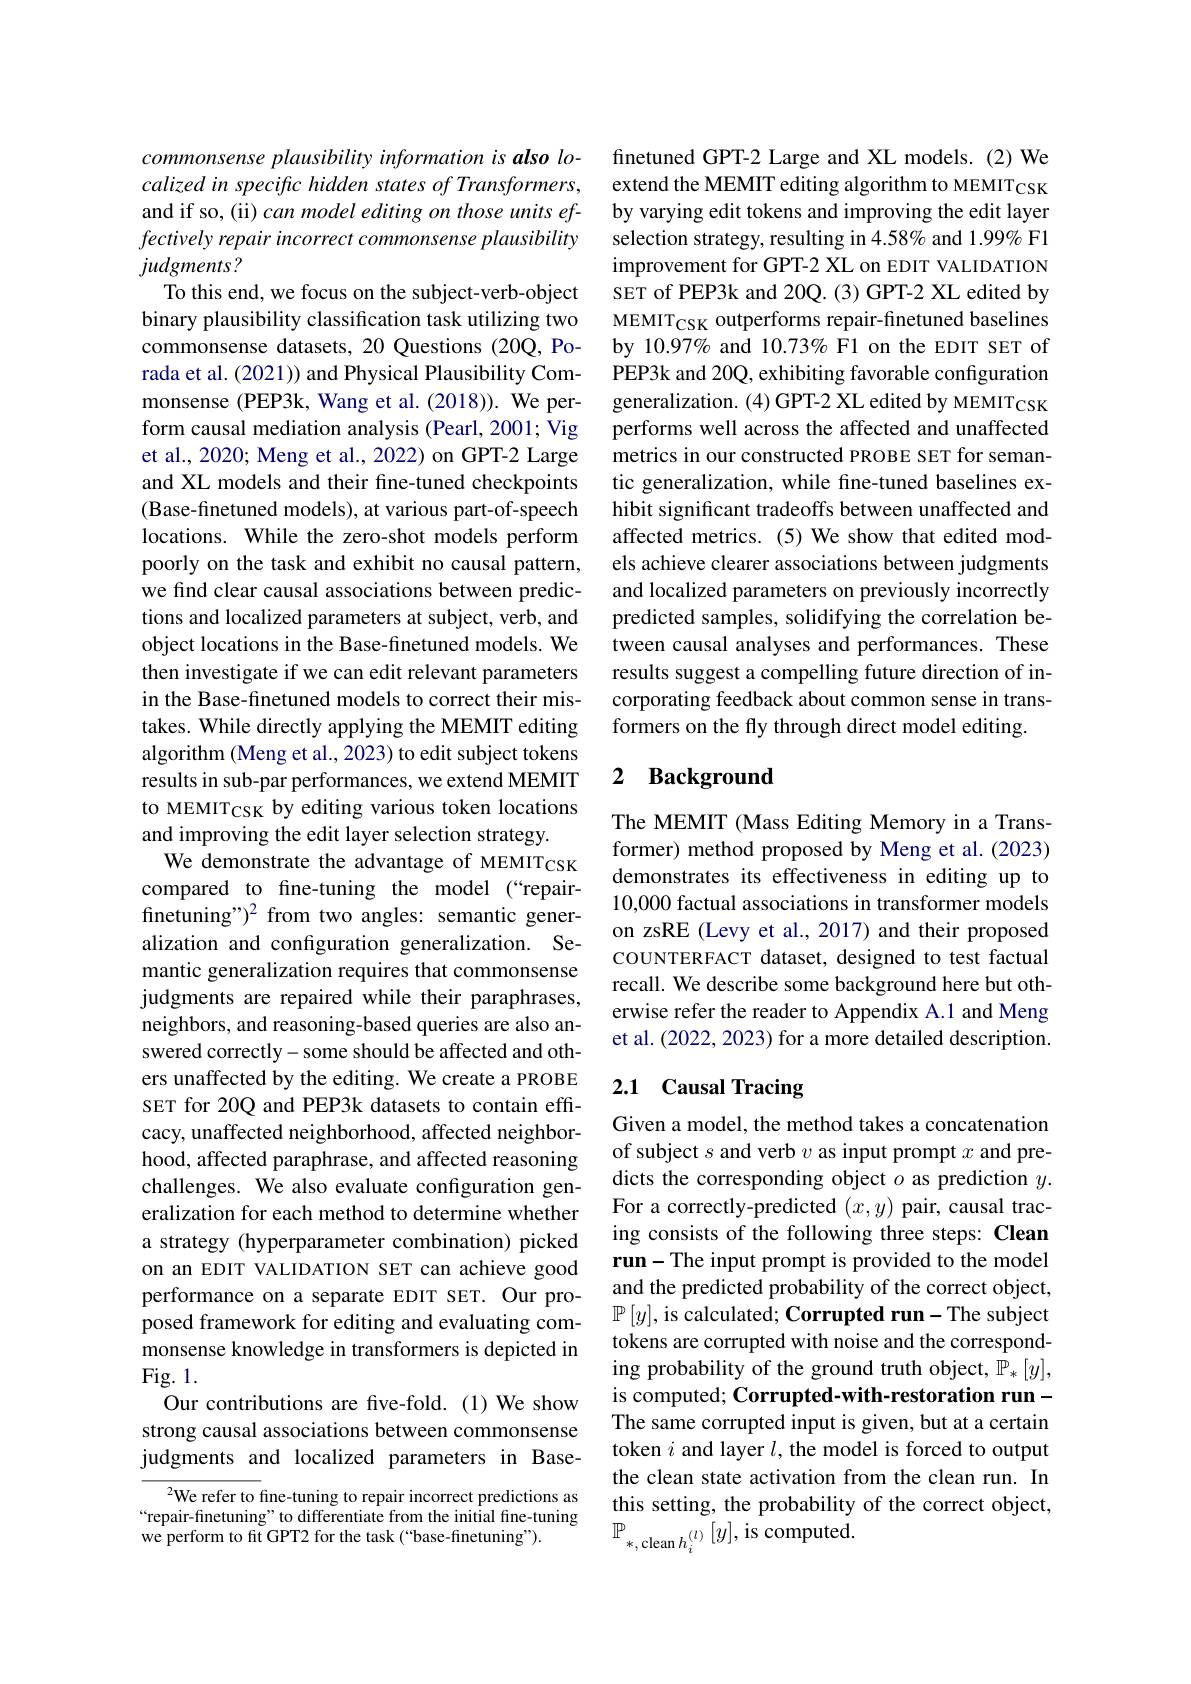
commonsense plausibility information is also localized in specific hidden states of Transformers, and if so, (ii) can model editing on those units effectively repair incorrect commonsense plausibility judgments?
To this end, we focus on the subject-verb-object binary plausibility classification task utilizing two commonsense datasets, 20 Questions (20Q, Porada et al. (2021)) and Physical Plausibility Commonsense (PEP3k, Wang et al.(2018)). We perform causal mediation analysis (Pearl, 2001; Vig et al., 2020; Meng et al., 2022) on GPT-2 Large and XL models and their fine-tuned checkpoints (Base-finetuned models), at various part-of-speech locations. While the zero-shot models perform poorly on the task and exhibit no causal pattern, we find clear causal associations between predictions and localized parameters at subject, verb, and object locations in the Base-finetuned models. We then investigate if we can edit relevant parameters in the Base-finetuned models to correct their mistakes. While directly applying the MEMIT editing algorithm (Meng et al., 2023) to edit subject tokens results in sub-par performances, we extend MEMIT to MEMITCSK by editing various token locations and improving the edit layer selection strategy.
We demonstrate the advantage of MEMITCSK compared to fine-tuning the model (“repair- $finetuning")^2 from two angles: semantic gener-$ alization and configuration generalization. Semantic generalization requires that commonsense judgments are repaired while their paraphrases, neighbors, and reasoning-based queries are also answered correctly-some should be affected and others unaffected by the editing. We create a PROBE SET for 20Q and PEP3k datasets to contain effcacy, unaffected neighborhood, affected neighborhood, affected paraphrase, and affected reasoning challenges. We also evaluate configuration generalization for each method to determine whether a strategy (hyperparameter combination) picked on an EDIT VALIDATION SET can achieve good performance on a separate EDIT SET. Our proposed framework for editing and evaluating commonsense knowledge in transformers is depicted in Fig. 1.
Our contributions are five-fold.(1) We show strong causal associations between commonsense judgments and localized parameters in Base-
$^{2}$We refer to fine-tuning to repair incorrect predictions as

“repair-finetuning” to differentiate from the initial fine-tuning
we perform to fit GPT2 for the task (“base-finetuning”).

finetuned GPT-2 Large and XL models. (2) We extend the MEMIT editing algorithm to MEMITCSK by varying edit tokens and improving the edit layer selection strategy, resulting in 4.58% and 1.99% F1 improvement for GPT-2 XL on EDIT VALIDATION SET of PEP3k and 20Q.(3) GPT-2 XL edited by MEMITCSK outperforms repair-fnetuned baselines by 10.97% and $10.73\%$ F1 on the EDIT SET of PEP3k and 20Q, exhibiting favorable configuration generalization. (4) GPT-2 XL edited by MEMITCSK performs well across the affected and unaffected metrics in our constructed PROBE SET for semantic generalization, while fine-tuned baselines exhibit significant tradeoffs between unaffected and affected metrics. (5) We show that edited models achieve clearer associations between judgments and localized parameters on previously incorrectly predicted samples, solidifying the correlation between causal analyses and performances. These results suggest a compelling future direction of incorporating feedback about common sense in transformers on the fly through direct model editing.

## 2 Background

The MEMIT (Mass Editing Memory in a Transformer) method proposed by Meng et al.(2023) demonstrates its effectiveness in editing up to 10,000 factual associations in transformer models on zsRE (Levy et al., 2017) and their proposed COUNTERFACT dataset, designed to test factual recall. We describe some background here but otherwise refer the reader to Appendix A.1 and Meng et al. (2022, 2023) for a more detailed description.

## 2.1 Causal Tracing

Given a model, the method takes a concatenation of subject $s$ and verb $v$ as input prompt $x$ and predicts the corresponding object $o$ as prediction $y.$ For a correctly-predicted $(x,y)$ pair, causal tracing consists of the following three steps: Clean run-The input prompt is provided to the model and the predicted probability of the correct object, $\mathbb{P}\left[y\right]$, is calculated; Corrupted run-The subject tokens are corrupted with noise and the corresponding probability of the ground truth object, $\mathbb{P}_*[y]$, is computed; Corrupted-with-restoration runThe same corrupted input is given, but at a certain token $i$ and layer $l$, the model is forced to output the clean state activation from the clean run. In this setting, the probability of the correct object, $\mathbb{P} _{* , \:\mathrm{clean~}h_{i}^{( l) }}\left [ y\right ] $, is computed.